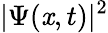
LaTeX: \vert\Psi(\mathit{x},t)\vert^{2}